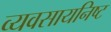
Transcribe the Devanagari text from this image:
व्यवसायनिष्ट